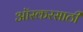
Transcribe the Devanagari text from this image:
ऑस्करसाठी